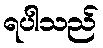
ရပါသည်